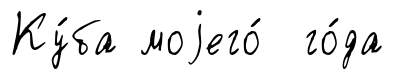
Ку́ба моjего́ го́да